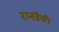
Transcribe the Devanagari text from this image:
रानडेंची